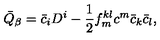
\bar { Q } _ { \beta } = \bar { c } _ { i } D ^ { i } - \frac { 1 } { 2 } f _ { m } ^ { k l } c ^ { m } \bar { c } _ { k } \bar { c } _ { l } ,